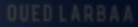
QUED.LABBAR